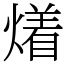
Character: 𤏲